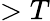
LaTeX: >T